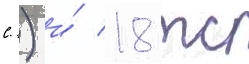
С.) и́ 18 тс